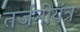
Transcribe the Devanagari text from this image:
तर्जनीयंत्र